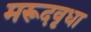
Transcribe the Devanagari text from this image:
मरूदवृधा